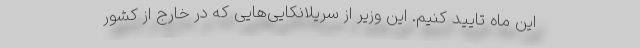
این ماه تایید کنیم. این وزیر از سریلانکایی‌هایی که در خارج از کشور